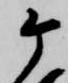
ケ